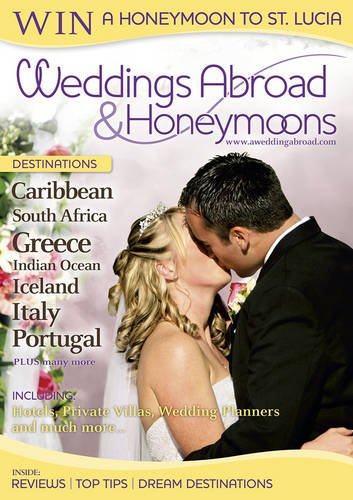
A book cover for Weddings Abroad & Honeymoons; Crafts, Hobbies & Home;